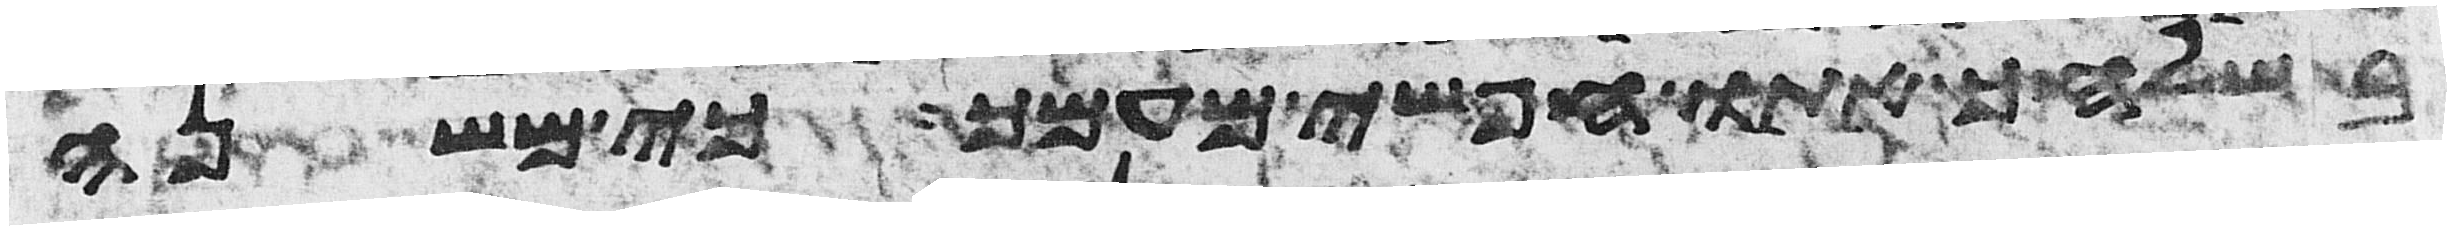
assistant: בשלחך אתו חפשי מעמך כי משנה